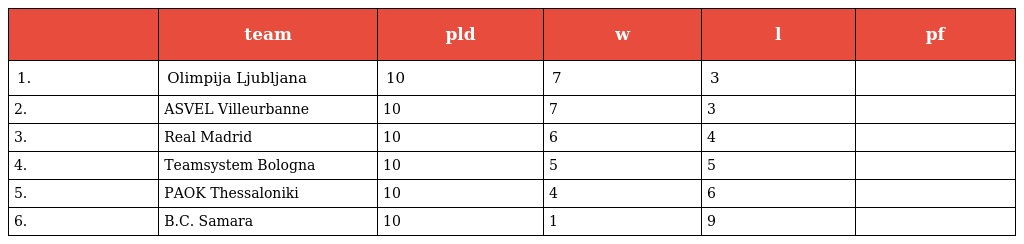
|  | team | pld | w | l | pf |
 | --- | --- | --- | --- | --- | --- |
 | 1. | Olimpija Ljubljana | 10 | 7 | 3 |  |
 | 2. | ASVEL Villeurbanne | 10 | 7 | 3 |  |
 | 3. | Real Madrid | 10 | 6 | 4 |  |
 | 4. | Teamsystem Bologna | 10 | 5 | 5 |  |
 | 5. | PAOK Thessaloniki | 10 | 4 | 6 |  |
 | 6. | B.C. Samara | 10 | 1 | 9 |  |